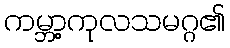
ကမ္ဘာ့ကုလသမဂ္ဂ၏